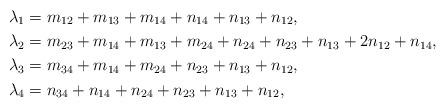
LaTeX: \begin{align*} &\lambda_{1}=m_{12}+m_{13}+m_{14}+n_{14}+n_{13}+n_{12},\\ &\lambda_{2}=m_{23}+m_{14}+m_{13}+m_{24}+n_{24}+n_{23}+n_{13}+2n_{12}+n_{14},\\ &\lambda_{3}=m_{34}+m_{14}+m_{24}+n_{23}+n_{13}+n_{12},\\ &\lambda_{4}=n_{34}+n_{14}+n_{24}+n_{23}+n_{13}+n_{12}, \end{align*}